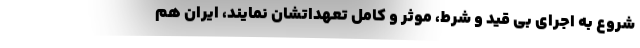
شروع به اجرای بی قید و شرط، موثر و کامل تعهداتشان نمایند، ایران هم